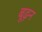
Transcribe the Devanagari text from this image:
बूढ़न